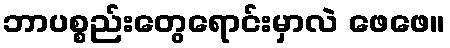
ဘာပစ္စည်းတွေရောင်းမှာလဲ ဖေဖေ။